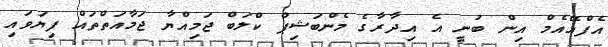
އެފްއޭއެމް އިން ބުނީ އެ އިދާރާގެ މެންބަޝިޕް ކްލަބް ޖަމިއްޔާ ޖަމާއަތްތައް ފިޔަވައި